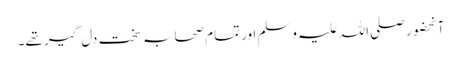
آنحضور صلی اللہ علیہ وسلم اور تمام صحابہ سخت دل گیر تھے۔